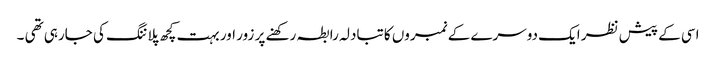
اسی کے پیش نظر ایک دوسرے کے نمبروں کا تبادلہ رابطہ رکھنے پر زور اور بہت کچھ پلاننگ کی جارہی تھی ۔